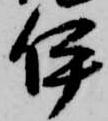
伊